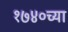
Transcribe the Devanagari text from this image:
१७४०च्या